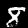
Label: 8